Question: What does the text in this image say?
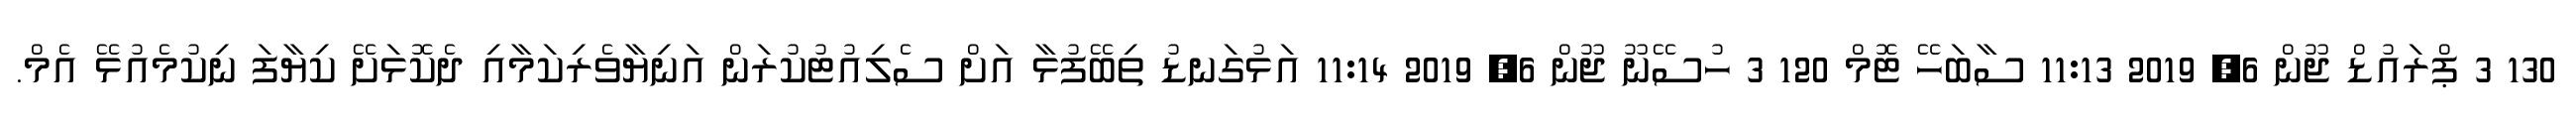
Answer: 130 3 ޕްރައުޑް ޖޫން 6, 2019 11:13 ސާބަހޭ ޓޮމް 120 3 ހުސޭނޫ ޖޫން 6, 2019 11:14 އަޅުގަނޑު ތިބޭފުޅާ އަށް ސެލިއުޓުކުރަން އަނިޔާވެރިކަމާއި ދެކޮޅަށޭ ކިޔާފަ ނިކުމެއުޅޭ އެމް.